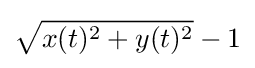
{\sqrt {x(t)^{2}+y(t)^{2}}}-1